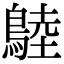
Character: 𪂚